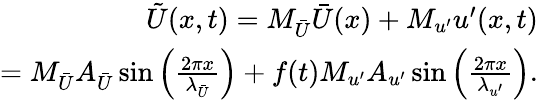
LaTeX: \begin{array}{r}{\tilde{U}(x,t)=M_{\bar{U}}\bar{U}(x)+M_{u^{\prime}}u^{\prime}(x,t)}\\ {=M_{\bar{U}}A_{\bar{U}}\sin\left(\frac{2\pi x}{\lambda_{\bar{U}}}\right)+f(t)M_{u^{\prime}}A_{u^{\prime}}\sin\left(\frac{2\pi x}{\lambda_{u^{\prime}}}\right).}\end{array}